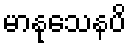
မာနုသေနပိ